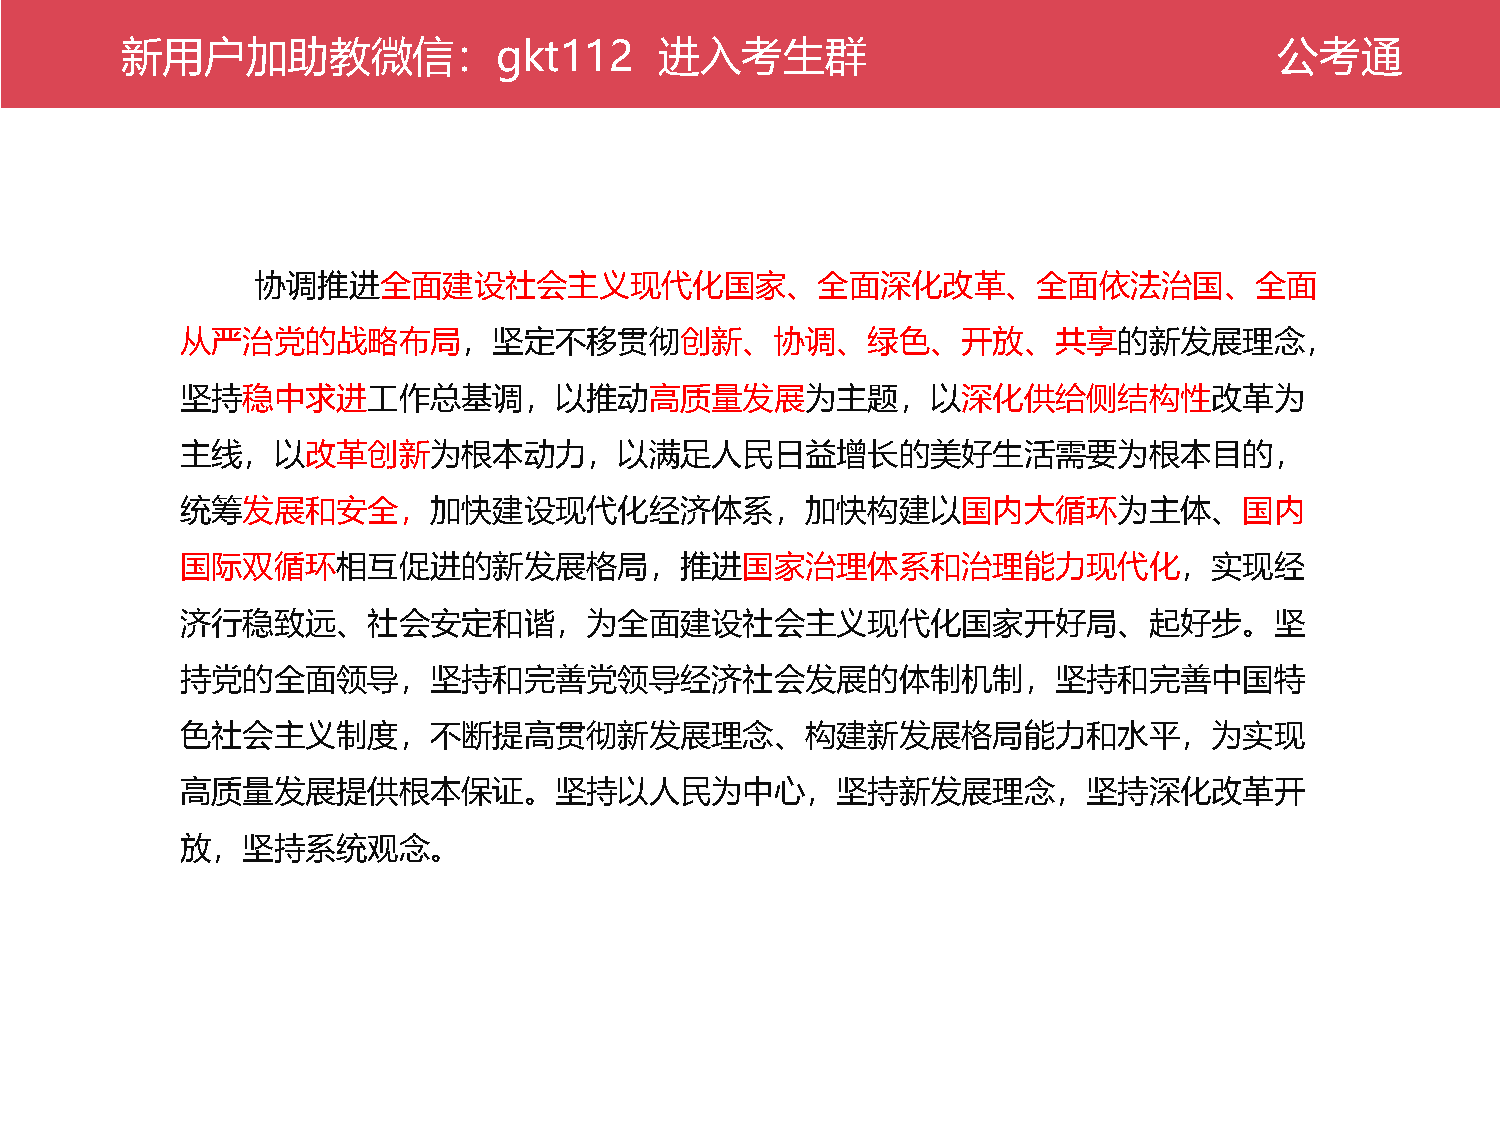
新公用考户通加助教微信：gkt112                  进入考生群                                    公考通
 协调推进全面建设社会主义现代化国家、全面深化改革、全面依法治国、全面
 从严治党的战略布局，坚定不移贯彻创新、协调、绿色、开放、共享的新发展理念，
 坚持稳中求进工作总基调，以推动高质量发展为主题，以深化供给侧结构性改革为
 主线，以改革创新为根本动力，以满足人民日益增长的美好生活需要为根本目的，
 统筹发展和安全，加快建设现代化经济体系，加快构建以国内大循环为主体、国内
 国际双循环相互促进的新发展格局，推进国家治理体系和治理能力现代化，实现经
 济行稳致远、社会安定和谐，为全面建设社会主义现代化国家开好局、起好步。坚
 持党的全面领导，坚持和完善党领导经济社会发展的体制机制，坚持和完善中国特
 色社会主义制度，不断提高贯彻新发展理念、构建新发展格局能力和水平，为实现
 高质量发展提供根本保证。坚持以人民为中心，坚持新发展理念，坚持深化改革开
 放，坚持系统观念。